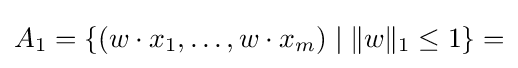
A_{1}=\{(w\cdot x_{1},\ldots ,w\cdot x_{m})\mid \|w\|_{1}\leq 1\}=